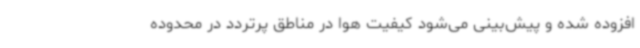
افزوده شده و پیش‌بینی می‌شود کیفیت هوا در مناطق پرتردد در محدوده